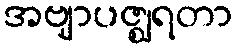
အဗျာပဇ္ဈရတာ